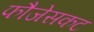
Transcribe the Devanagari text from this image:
फौजेसकट